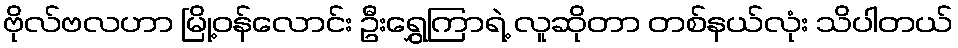
ဗိုလ်ဗလဟာ မြို့ဝန်လောင်း ဦးရွှေကြာရဲ့ လူဆိုတာ တစ်နယ်လုံး သိပါတယ်